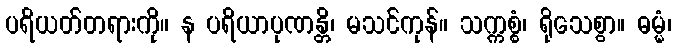
ပရိယတ်တရားကို။ န ပရိယာပုဏန္တိ၊ မသင်ကုန်။ သက္ကစ္စံ၊ ရိုသေစွာ။ ဓမ္မံ၊